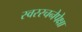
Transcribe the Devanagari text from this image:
स्वररचनेपेक्षा